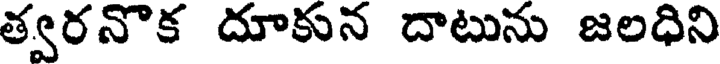
త్వరనొక దూకున దాటును జలధిని